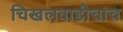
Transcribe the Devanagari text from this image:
चिखलवाडीचाच